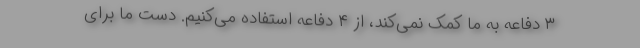
۳ دفاعه به ما کمک نمی‌کند، از ۴ دفاعه استفاده می‌کنیم. دست ما برای